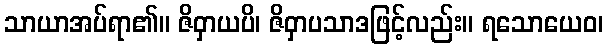
သာယာအပ်ရာ၏။ ဇိဝှာယပိ၊ ဇိဝှာပသာဒဖြင့်လည်း။ ရသောယေဝ၊